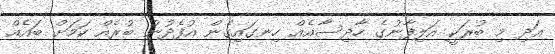
އަދި މި ބުރަކީ އަލިފާނުގެ ހާދިސާއެއް ހިނގައިގެން އުފެދުނު ބުރެއް ކަމަށް ބައެއް